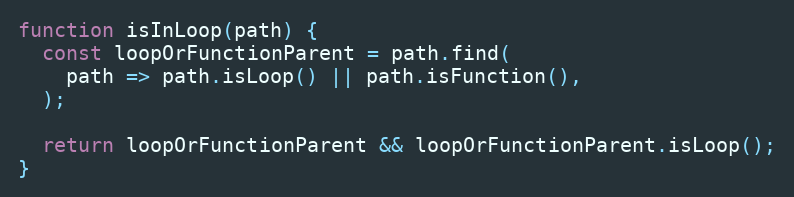
Language: JavaScript
function isInLoop(path) {
  const loopOrFunctionParent = path.find(
    path => path.isLoop() || path.isFunction(),
  );

  return loopOrFunctionParent && loopOrFunctionParent.isLoop();
}